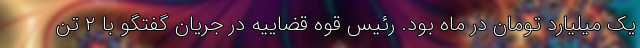
یک میلیارد تومان در ماه بود. رئیس قوه قضاییه در جریان گفتگو با ۲ تن